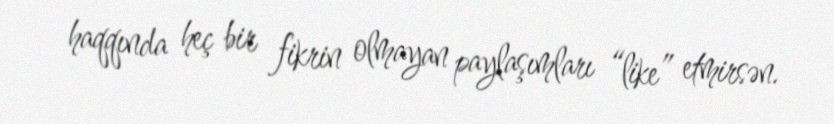
haqqında heç bir fikrin olmayan paylaşımları “like” etmirsən.